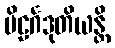
ဗိဠင်္ဂဒုတိယန္တိ